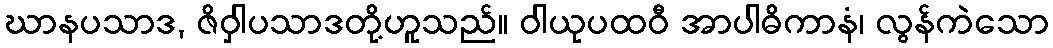
ဃာနပသာဒ, ဇိဝှါပသာဒတို့ဟူသည်။ ဝါယုပထဝီ အာပါဓိကာနံ၊ လွန်ကဲသော